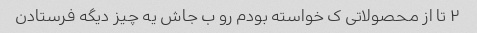
۲ تا از محصولاتی ک خواسته بودم رو ب جاش یه چیز دیگه فرستادن